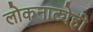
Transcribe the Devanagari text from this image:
लोकनाट्येही